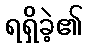
ရရှိခဲ့၏